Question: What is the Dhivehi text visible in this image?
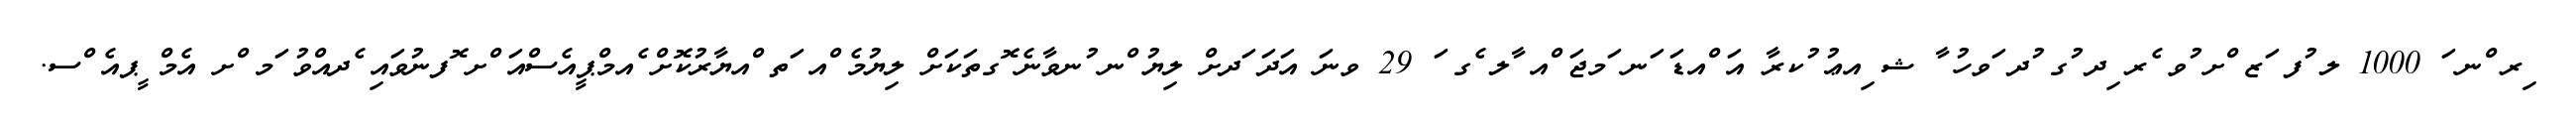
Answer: ިރ ްނ ަ 1000 ލ ުފ ަޒ ްށ ުވ ެރ ިދ ުގ ުދ ަވހު ާ ޝ ިއޢު ުކރާ އަ ްއޑަ ަނ ަމޖަ ްއ ާލ ެގ ަ 29 ވނަ އަދަ ަދށް ލިޔު ްނ ުނވާނެ ޮގތަކަށް ލިޔުމެ ްއ ަތ ްއޔާރުކޮށް ެއމްޕީއެސްއަ ްށ ޮފނުވައި ެދއްވު ަމ ްށ އެމް ީޕއެ ްސ.